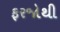
ફરજોથી